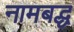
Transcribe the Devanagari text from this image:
नामबद्ध